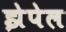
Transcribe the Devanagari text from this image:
झेपेल